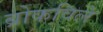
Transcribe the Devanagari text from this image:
ब्रोकविले